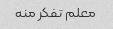
معلم تفکر منه